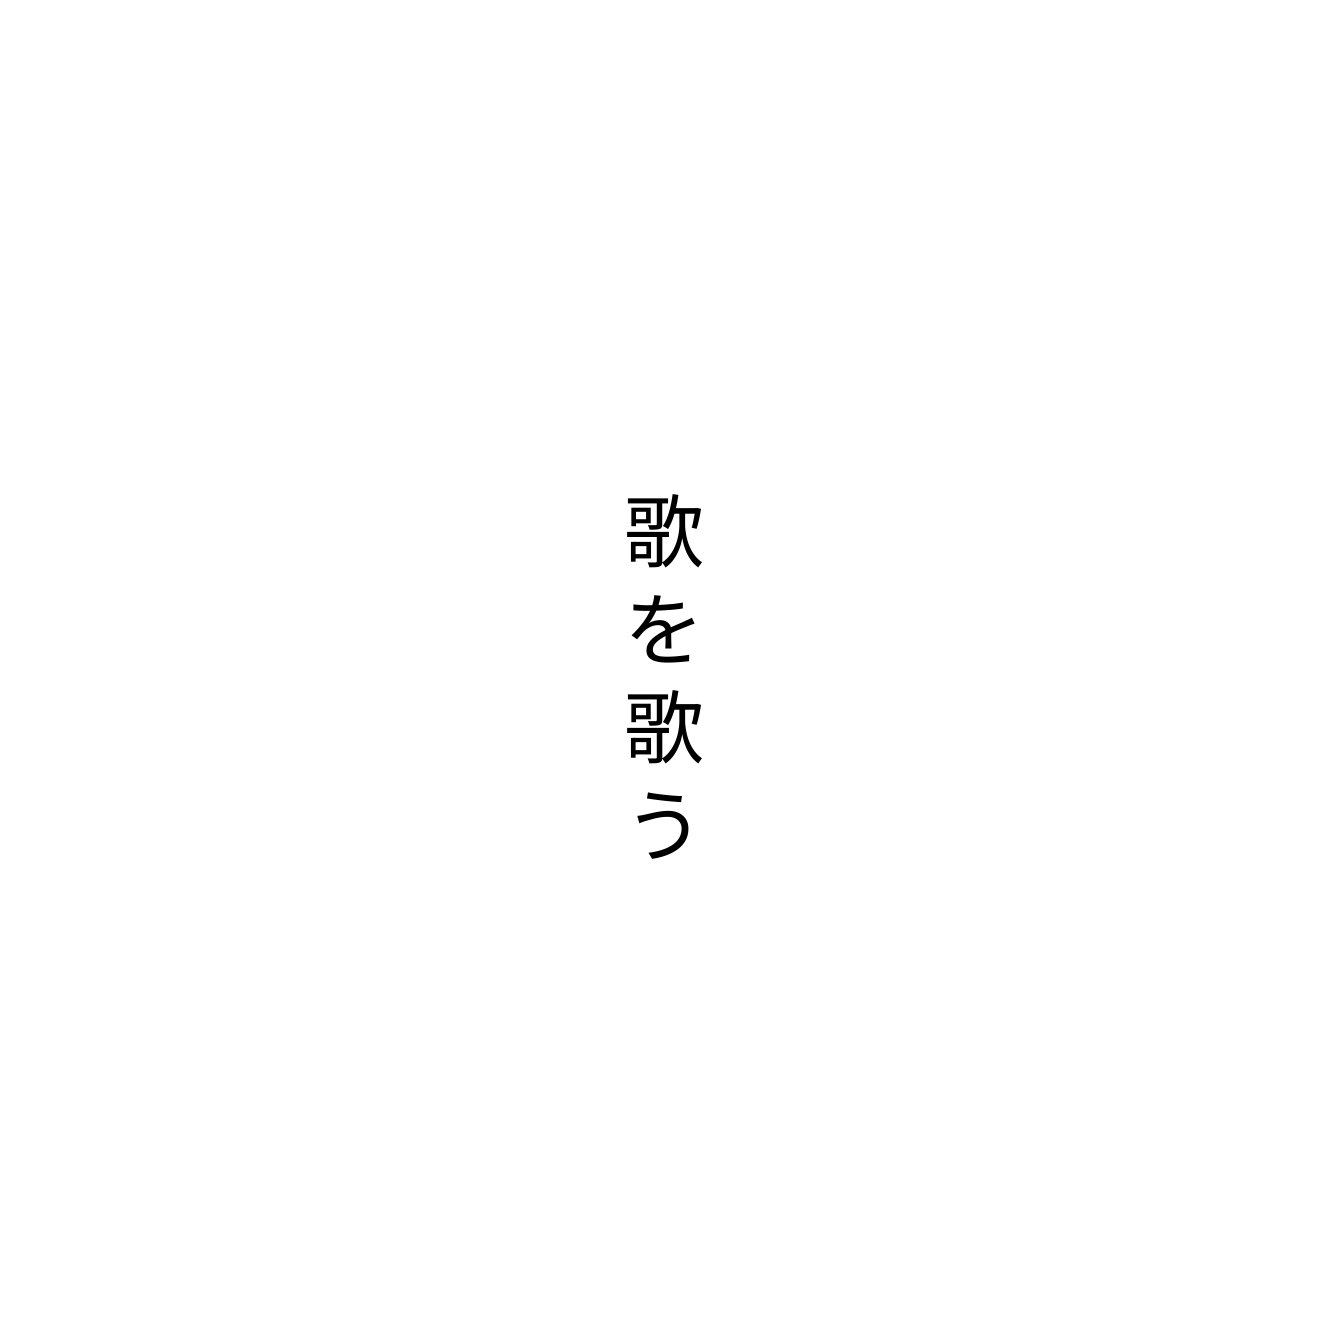
歌を歌う